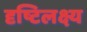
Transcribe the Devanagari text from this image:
दृष्टिलक्ष्य